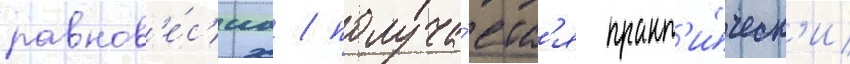
равнов'е́с'иа / получа́етс'я практ'и́ческ'и